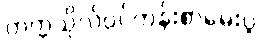
တက္ကသိုလ်ဝင်တန်းစာမေးပွဲ